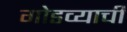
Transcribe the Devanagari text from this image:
गोडव्याची